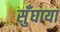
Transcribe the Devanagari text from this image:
सुँघाया